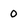
Character: 0